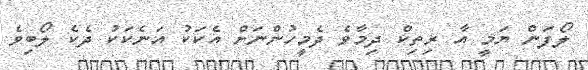
ލޯފަން ޔަމީ އާ ރިތިކް ދިމާވެ ދެމީހުންނަށް އެކަކު އަނެކަކު ދެކެ ލޯބިވެ